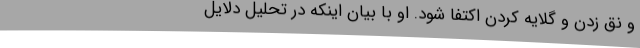
و نق زدن و گلایه‌ کردن اکتفا شود. او با بیان اینکه در تحلیل دلایل